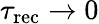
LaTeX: \tau_{\mathrm{rec}}\rightarrow 0